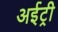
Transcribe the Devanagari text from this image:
अईट्री